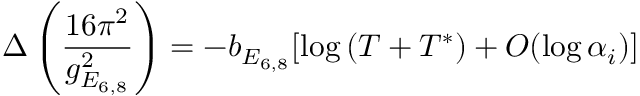
\Delta \left( { \frac { 1 6 \pi ^ { 2 } } { g _ { E _ { 6 , 8 } } ^ { 2 } } } \right) = - b _ { E _ { 6 , 8 } } [ \log \left( T + T ^ { \ast } \right) + { \cal O } ( \log \alpha _ { i } ) ]